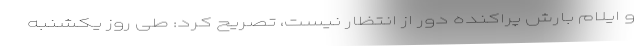
و ایلام بارش پراکنده دور از انتظار نیست، تصریح کرد: طی روز یکشنبه